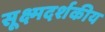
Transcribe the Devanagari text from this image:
सूक्ष्मदर्शकीय